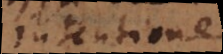
intentione